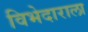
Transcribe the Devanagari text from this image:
विभेदाराला